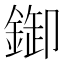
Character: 𨨶